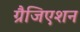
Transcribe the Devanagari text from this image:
ग्रैजिएशन